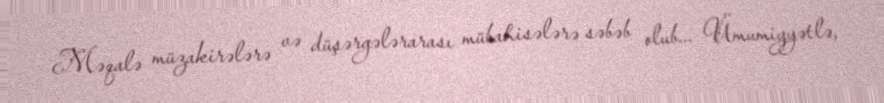
Məqalə müzakirələrə və düşərgələrarası mübahisələrə səbəb olub... Ümumiyyətlə,